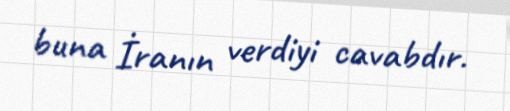
buna İranın verdiyi cavabdır.